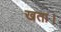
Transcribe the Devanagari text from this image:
खता।